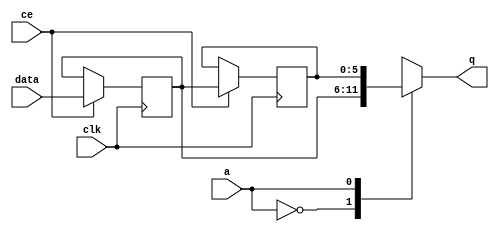
// ==============================================================
// File generated by Vivado(TM) HLS - High-Level Synthesis from C, C++ and SystemC
// Version: 2018.2
// Copyright (C) 1986-2018 Xilinx, Inc. All Rights Reserved.
// 
// ==============================================================


`timescale 1 ns / 1 ps

module fifo_w6_d2_A_shiftReg (
    clk,
    data,
    ce,
    a,
    q);

parameter DATA_WIDTH = 32'd6;
parameter ADDR_WIDTH = 32'd1;
parameter DEPTH = 2'd2;

input clk;
input [DATA_WIDTH-1:0] data;
input ce;
input [ADDR_WIDTH-1:0] a;
output [DATA_WIDTH-1:0] q;

reg[DATA_WIDTH-1:0] SRL_SIG [0:DEPTH-1];
integer i;

always @ (posedge clk)
    begin
        if (ce)
        begin
            for (i=0;i<DEPTH-1;i=i+1)
                SRL_SIG[i+1] <= SRL_SIG[i];
            SRL_SIG[0] <= data;
        end
    end

assign q = SRL_SIG[a];

endmodule

module fifo_w6_d2_A (
    clk,
    reset,
    if_empty_n,
    if_read_ce,
    if_read,
    if_dout,
    if_full_n,
    if_write_ce,
    if_write,
    if_din);

parameter MEM_STYLE   = "shiftreg";
parameter DATA_WIDTH  = 32'd6;
parameter ADDR_WIDTH  = 32'd1;
parameter DEPTH       = 2'd2;

input clk;
input reset;
output if_empty_n;
input if_read_ce;
input if_read;
output[DATA_WIDTH - 1:0] if_dout;
output if_full_n;
input if_write_ce;
input if_write;
input[DATA_WIDTH - 1:0] if_din;

wire[ADDR_WIDTH - 1:0] shiftReg_addr ;
wire[DATA_WIDTH - 1:0] shiftReg_data, shiftReg_q;
wire                     shiftReg_ce;
reg[ADDR_WIDTH:0] mOutPtr = ~{(ADDR_WIDTH+1){1'b0}};
reg internal_empty_n = 0, internal_full_n = 1;

assign if_empty_n = internal_empty_n;
assign if_full_n = internal_full_n;
assign shiftReg_data = if_din;
assign if_dout = shiftReg_q;

always @ (posedge clk) begin
    if (reset == 1'b1)
    begin
        mOutPtr <= ~{ADDR_WIDTH+1{1'b0}};
        internal_empty_n <= 1'b0;
        internal_full_n <= 1'b1;
    end
    else begin
        if (((if_read & if_read_ce) == 1 & internal_empty_n == 1) && 
            ((if_write & if_write_ce) == 0 | internal_full_n == 0))
        begin
            mOutPtr <= mOutPtr - 2'd1;
            if (mOutPtr == 2'd0)
                internal_empty_n <= 1'b0;
            internal_full_n <= 1'b1;
        end 
        else if (((if_read & if_read_ce) == 0 | internal_empty_n == 0) && 
            ((if_write & if_write_ce) == 1 & internal_full_n == 1))
        begin
            mOutPtr <= mOutPtr + 2'd1;
            internal_empty_n <= 1'b1;
            if (mOutPtr == DEPTH - 2'd2)
                internal_full_n <= 1'b0;
        end 
    end
end

assign shiftReg_addr = mOutPtr[ADDR_WIDTH] == 1'b0 ? mOutPtr[ADDR_WIDTH-1:0]:{ADDR_WIDTH{1'b0}};
assign shiftReg_ce = (if_write & if_write_ce) & internal_full_n;

fifo_w6_d2_A_shiftReg 
#(
    .DATA_WIDTH(DATA_WIDTH),
    .ADDR_WIDTH(ADDR_WIDTH),
    .DEPTH(DEPTH))
U_fifo_w6_d2_A_ram (
    .clk(clk),
    .data(shiftReg_data),
    .ce(shiftReg_ce),
    .a(shiftReg_addr),
    .q(shiftReg_q));

endmodule